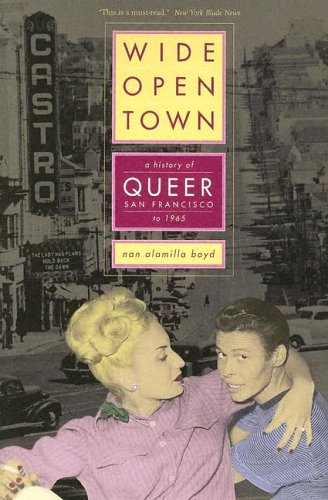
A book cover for Wide-Open Town: A History of Queer San Francisco to 1965; Nan Alamilla Boyd; Gay & Lesbian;